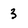
Character: 3